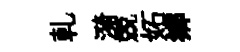
乹漪兢妬鄉